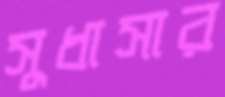
সুধাসার